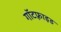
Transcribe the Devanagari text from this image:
गॉटफ़्राइड